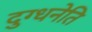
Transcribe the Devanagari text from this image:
दुग्धनेति